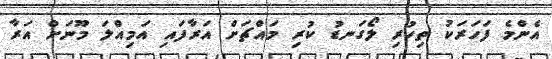
އެންމެ ފަހަރަކު ތިހުރި ލޯގަނޑު ކުރި މައްޗަށް އަރާފައި އަމިއްލަ މޫނަށް އަރާ